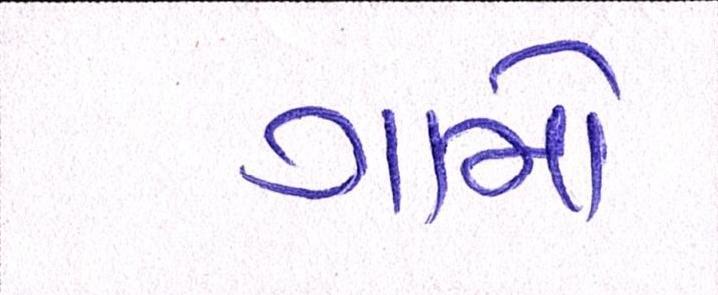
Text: ગામો